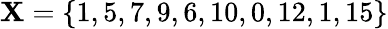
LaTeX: \mathbf{X}=\{ 1,5,7,9,6,10,0,12,1,15\}